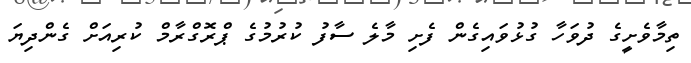
ތިމާވެށީގެ ދުވަހާ ގުޅުވައިގެން ފެށި މާލެ ސާފު ކުރުމުގެ ޕްރޮގްރާމް ކުރިއަށް ގެންދިޔަ